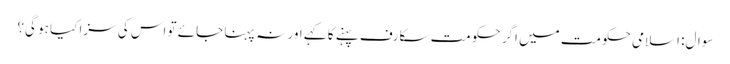
سوال: اسلامی حکومت میں اگر حکومت سکارف پہنے کا کہے اور نہ پہنا جائے تو اس کی سزا کیا ہو گی؟